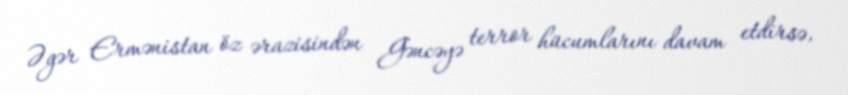
Əgər Ermənistan öz ərazisindən Gəncəyə terror hücumlarını davam etdirsə,